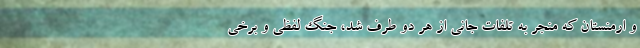
و ارمنستان که منجر به تلفات جانی از هر دو طرف شد، جنگ لفظی و برخی